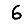
Digit: 6